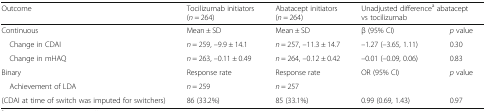
<table><thead><tr><td><b>Outcome</b></td><td><b>Tocilizumab initiators (<i>n</i> = 264)</b></td><td><b>Abatacept initiators (<i>n</i> = 264)</b></td><td colspan="2"><b>Unadjusted difference<sup>a</sup> abatacept vs tocilizumab</b></td></tr></thead><tbody><tr><td>Continuous</td><td>Mean ± SD</td><td>Mean ± SD</td><td>β (95% CI)</td><td><i>p</i> value</td></tr><tr><td> Change in CDAI</td><td><i>n</i> = 259, –9.9 ± 14.1</td><td><i>n</i> = 257, –11.3 ± 14.7</td><td>–1.27 (–3.65, 1.11)</td><td>0.30</td></tr><tr><td> Change in mHAQ</td><td><i>n</i> = 263, –0.11 ± 0.49</td><td><i>n</i> = 264, –0.12 ± 0.42</td><td>–0.01 (–0.09, 0.06)</td><td>0.83</td></tr><tr><td>Binary</td><td>Response rate</td><td>Response rate</td><td>OR (95% CI)</td><td><i>p</i> value</td></tr><tr><td> Achievement of LDA</td><td><i>n</i> = 259</td><td><i>n</i> = 257</td><td></td><td></td></tr><tr><td>(CDAI at time of switch was imputed for switchers)</td><td>86 (33.2%)</td><td>85 (33.1%)</td><td>0.99 (0.69, 1.43)</td><td>0.97</td></tr></tbody></table>